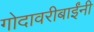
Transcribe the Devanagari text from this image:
गोदावरीबाईंनी